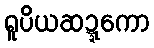
ရူပိယဆဍ္ဍကော